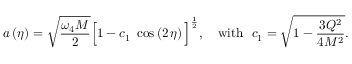
a \left( \eta \right) = \sqrt { \frac { \omega _ { 4 } M } { 2 } } \Big [ 1 - c _ { 1 } ~ \cos \left( 2 \, \eta \right) \Big ] ^ { \frac { 1 } { 2 } } , ~ ~ ~ \mathrm { w i t h } ~ ~ c _ { 1 } = \sqrt { 1 - { \frac { 3 Q ^ { 2 } } { 4 M ^ { 2 } } } } .